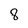
Character: 8